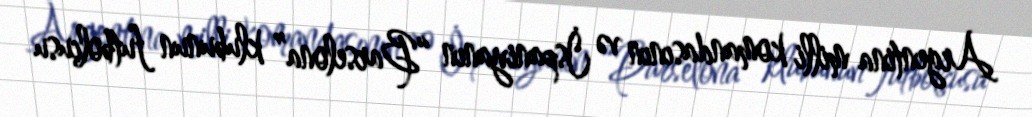
Argentina milli komandasının və İspaniyanın “Barselona” klubunun futbolçusu